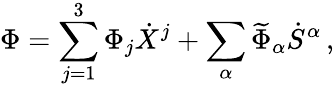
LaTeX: \Phi=\sum_{j=1}^{3}\Phi_{j}\dot{X}^{j}+\sum_{\alpha}\widetilde{\Phi}_{\alpha}\dot{S}^{\alpha}\, ,